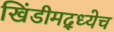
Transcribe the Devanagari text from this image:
खिंडीमद्ध्येच